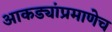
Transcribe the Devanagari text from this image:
आकड्यांप्रमाणेच